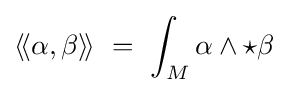
\langle \!\langle \alpha ,\beta \rangle \!\rangle \ =\ \int _{M}\alpha \wedge \star \beta